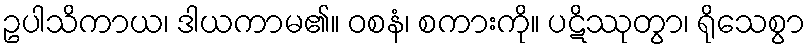
ဥပါသိကာယ၊ ဒါယကာမ၏။ ဝစနံ၊ စကားကို။ ပဋိဿုတွာ၊ ရိုသေစွာ